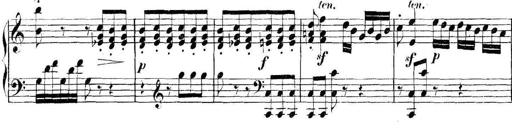
Title: Collected Piano Sonatas
Composer: Muzio Clementi